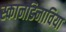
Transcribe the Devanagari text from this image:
स्कानडिनाविया